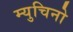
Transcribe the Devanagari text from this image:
म्युचिनो